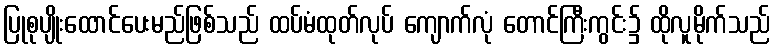
ပြုစုပျိုးထောင်ပေးမည်ဖြစ်သည် ထပ်မံထုတ်လုပ် ကျောက်လုံ တောင်ကြီးကွင်း၌ ထိုလူမိုက်သည်